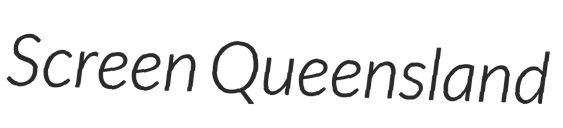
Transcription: Screen Queensland